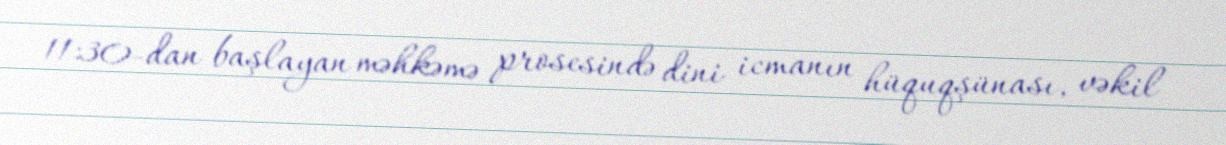
11:30-dan başlayan məhkəmə prosesində dini icmanın hüquqşünası, vəkil